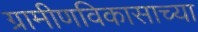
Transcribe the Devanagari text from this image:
ग्रामीणविकासाच्या